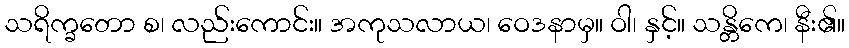
သရိက္ခတော စ၊ လည်းကောင်း။ အကုသလာယ၊ ဝေဒနာမှ။ ဝါ၊ နှင့်။ သန္တိကေ၊ နီး၏။